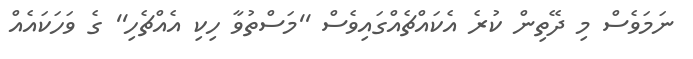
ނަމަވެސް މި ދޭތިން ކުރެ އެކައްޗެއްގައިވެސް ''މަސްތުވާ ހިކި އެއްޗެހި'' ގެ ވަހަކައެއް